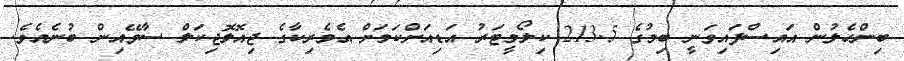
ބިންހެލުން އައިސްފައިވަނީ ބިމުގެ 213.5 ކިލޯމީޓަރު އަޑިއަށްކަމަށް އެމެރިކާގެ ޖިއޮލޮޖިކަލް ސާވޭއިން ބުނެއެވެ.